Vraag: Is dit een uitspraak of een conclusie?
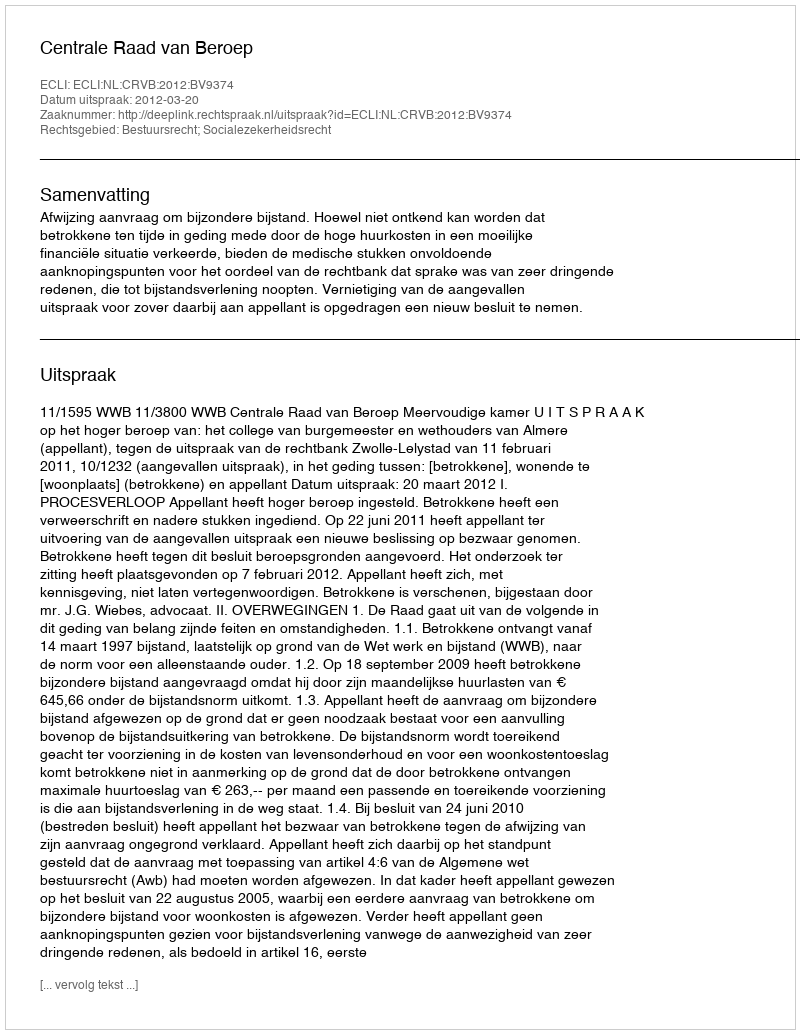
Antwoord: Uitspraak